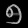
Digit: ၅